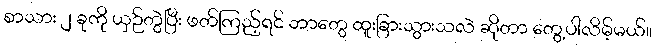
စာသား ၂ ခုကို ယှဉ်တွဲပြီး ဖတ်ကြည့်ရင် ဘာတွေ ထူးခြားသွားသလဲ ဆိုတာ တွေ့ပါလိမ့်မယ်။